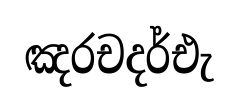
ඤරචදර්එැ